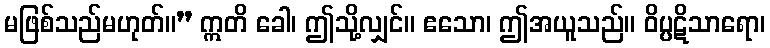
မဖြစ်သည်မဟုတ်။” ဣတိ ခေါ၊ ဤသို့လျှင်။ ဧသော၊ ဤအယူသည်။ ဝိပ္ပဋိသာရော၊